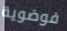
فوضوية